Punjab Mental Hospital Lahore 1922-31 - 1922-1931
Year: 1922
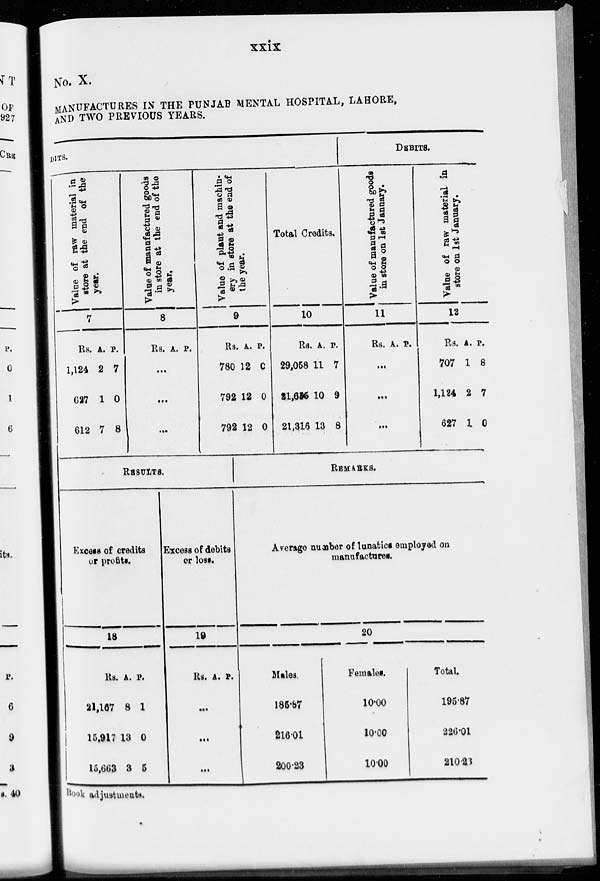
xxix
No. X.
MANUFACTURES IN THE PUNJAB MENTAL HOSPITAL, LAHORE,
AND TWO PREVIOUS YEARS.
DITS.
Value of raw material in
store at the end of the
year.
7
Rs.
1,124
627
612
A.
2
1
7
P.
7
0
8
Value of manufactured goods
in store at the end of the
year.
8
Rs.
...
...
...
A. P.
Value of plant and machin-
ery in store at the end of
the year.
9
Rs.
780
792
792
A.
12
12
12
P.
0
0
0
Total Credits.
10
Rs.
29,058
21.625
21,316
A.
11
10
13
P.
7
9
8
DEBITS.
Value of manufactured goods
in store on 1st January.
11
Rs.
...
...
...
A. P.
Value of raw material in
store on 1st January.
12
Rs.
707
1,124
627
A.
1
2
1
P.
8
7
0
RESULTS.
Excess of credits
or profits.
18
Rs.
21,167
15,917
15,663
A.
8
13
3
P.
1
0
5
Excess of debits
or loss.
19
Rs.
...
...
...
A. P.
REMARKS.
Average number of lunatics employed on
manufactures.
20
Males.
185.87
216.01
200.23
Females.
10.00
10.00
10.00
Total.
195.87
226.01
210.23
Book adjustments.